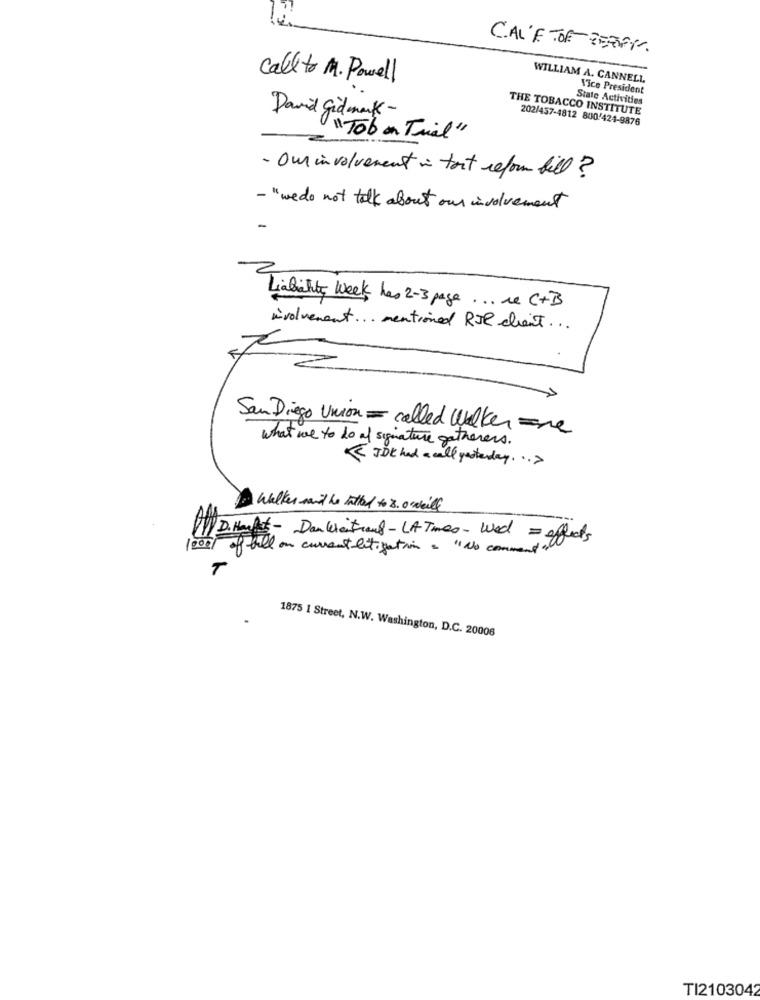
CALF OF BEEFY.
call to M. Powell
WILLIAM A. CANNELL
Vice President
State Activities
THE TOBACCO INSTITUTE
David gidmark -
202/457-4812 800/424-9876
" Tob on Trial"
- Our involvement i tort reform bill ?
- "we do not talk about our involvement
Liabähte Week has 2-3 page ... re C+B
involvement ... mentioned RIR client ...
San Diego Union - called Walker re
what we to do of signature gatherers.
<< JDK had a call yesterday ... >
Walker mid he tatted to 8.0 will
11/ D. Hacht - Den keithauf - LA Times - Wed = effects
1000/ of hell on currentlitigation = "No comment"
1875 1 Street, N.W. Washington, D.C. 20006
TI2103042